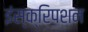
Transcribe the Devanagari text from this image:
इंस्क्रिपशन